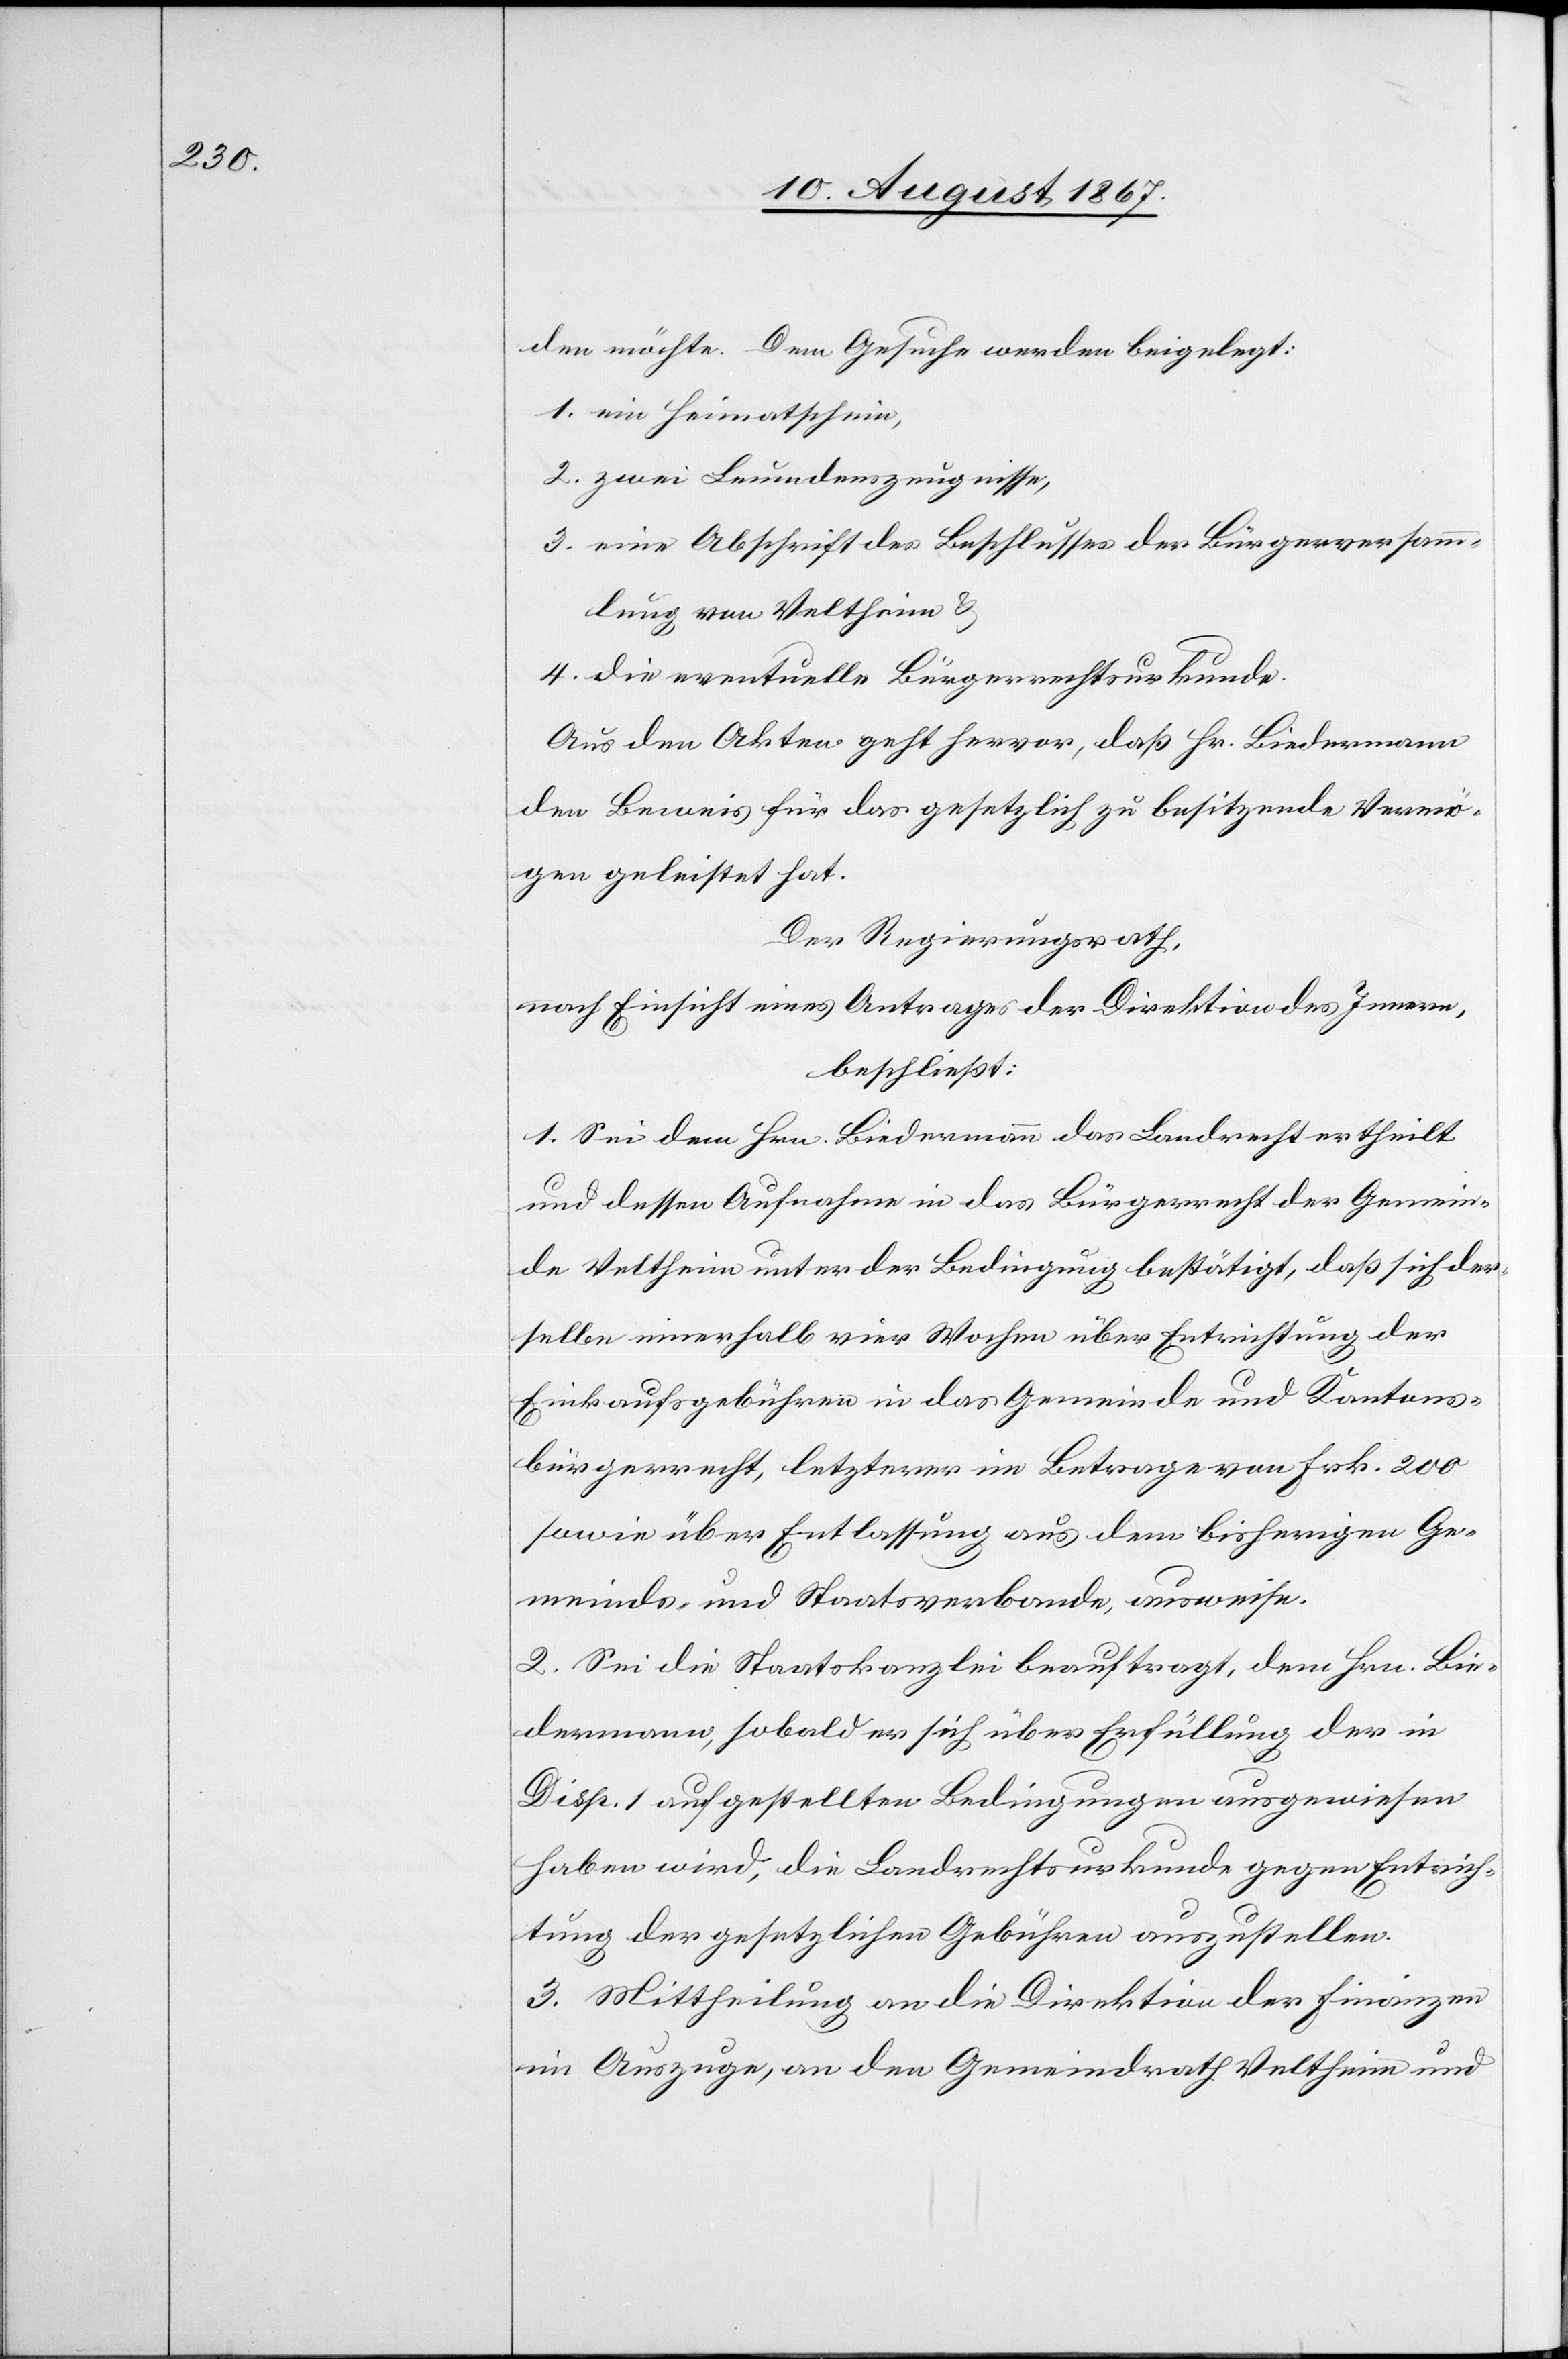
den möchte. Dem Gesuche werden beigefügt:
1. ein Heimatschein,
2. zwei Leumdenszeugnisse,
3. eine Abschrift des Beschlusses der Bürgerversamm¬
lung von Veltheim u.
4. die eventuelle Bürgerrechtsurkunde.
Aus den Akten geht hervor, daß Hr. Biedermann
den Beweis für das gesetzlich zu besitzende Vermö¬
gen geleistet hat.
Der Regierungsrath,
nach Einsicht eines Antrages der Direktion des Innern,
beschließt:
1. Sei dem Hrn. Biedermann das Landrecht ertheilt
und dessen Aufnahme in das Bürgerrecht der Gemein¬
de Veltheim unter der Bedingung bestätigt, daß sich der¬
selbe innerhalb vier Wochen über Entrichtung der
Einkaufsgebühren in das Gemeinde und Kantons¬
bürgerrecht, letztere im Betrage von Frk. 200
sowie über Entlassung aus dem bisherigen Ge¬
meinds- und Staatsverbande, ausweise.
2. Sei die Staatskanzlei beauftragt, dem Hrn. Bie¬
dermann, sobald er sich über Erfüllung der in
Disp. 1 aufgestellten Bedingungen ausgewiesen
haben wird, die Landrechtsurkunde gegen Entrich¬
tung der gesetzlichen Gebühren auszustellen.
3. Mittheilung an die Direktion der Finanzen
im Auszuge, an den Gemeindrath Veltheim und